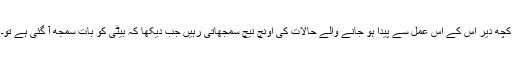
کچھ دیر اس کے اس عمل سے پیدا ہو جانے والے حالات کی اونچ نیچ سمجھاتی رہیں جب دیکھا کہ بیٹی کو بات سمجھ آ گئی ہے تو۔